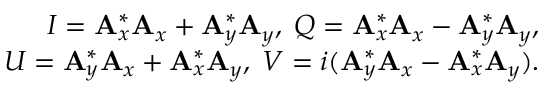
\centering \begin{array} { r } { I = \mathbf { A } _ { x } ^ { * } \mathbf { A } _ { x } + \mathbf { A } _ { y } ^ { * } \mathbf { A } _ { y } , \; Q = \mathbf { A } _ { x } ^ { * } \mathbf { A } _ { x } - \mathbf { A } _ { y } ^ { * } \mathbf { A } _ { y } , } \\ { U = \mathbf { A } _ { y } ^ { * } \mathbf { A } _ { x } + \mathbf { A } _ { x } ^ { * } \mathbf { A } _ { y } , \; V = i ( \mathbf { A } _ { y } ^ { * } \mathbf { A } _ { x } - \mathbf { A } _ { x } ^ { * } \mathbf { A } _ { y } ) . } \end{array}